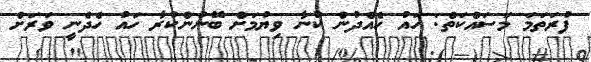
ފުރަތަމަ މަސައްކަތް: ހައު ހެއްދުން ކުނާ ވިޔުމަށް ބޭނުންކުރާ ހައު ހެދެނީ ވަރަށް